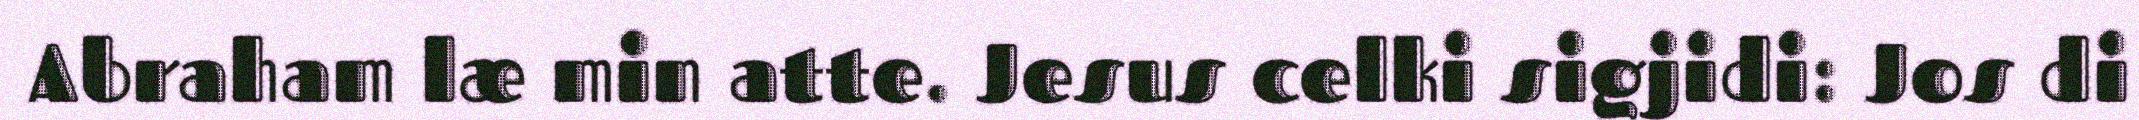
Abraham læ min atte. Jesus celki sigjidi: Jos di